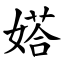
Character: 㜓